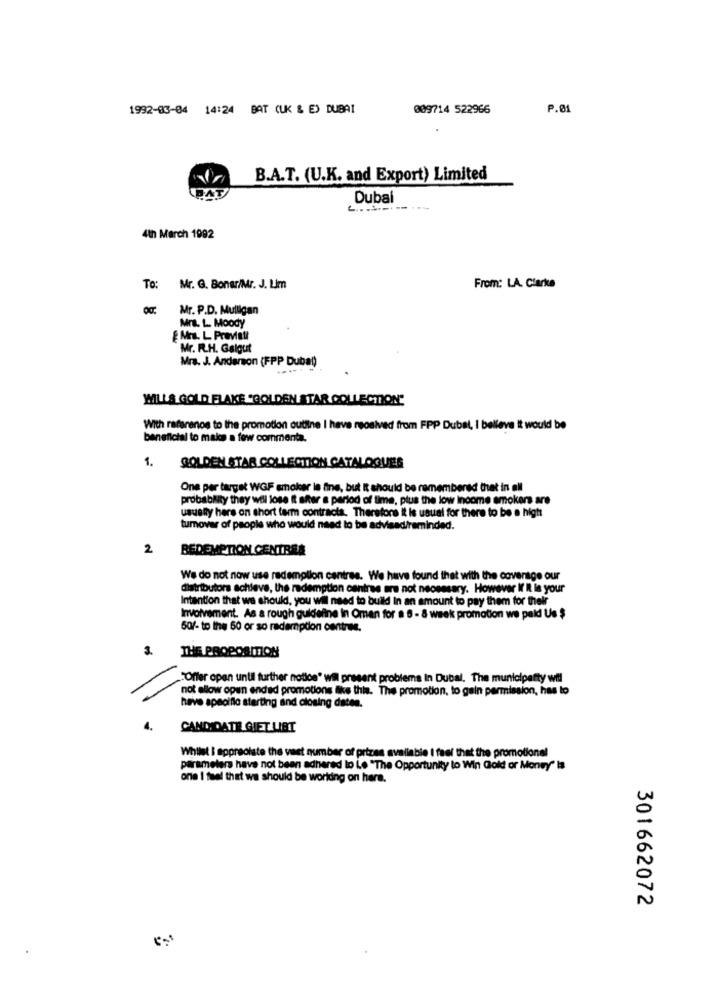
1992-03-04 14:24 BAT (UK & E) DUBAI
009714 522966
P.01
B.A.T. (U.K. and Export) Limited
BAT
Dubai
4th March 1992
To: Mr. G. Bonar/Mr. J. Lim
From: LA. Clarke
Mr. P.D. Mulligan
Mrs. L. Moody
& Mrs. L. Previati
Mr. R.H. Galgut
Mrs. J. Anderson (FPP Dubal)
WILLS GOLD FLAKE "GOLDEN STAR COLLECTION"
With referenos to the promotion outline I have received from FPP Dubal, I believe it would be
beneficial to make a few commenta.
1. GOLDEN STAR COLLECTION CATALOGUES
One per target WGF smoker le fine, but It should be remembered that in all
probability they will lose it after a period of time, plus the low Income smokers are
usuenty hers on short term contracts. Therefore it is usual for there to be a high
turnover of people who would need to be advised/reminded.
2
REDEMPTION CENTRES
We do not now use redemption centres. We have found that with the coverage our
distributors achieve, the redemption centres are not necessary. However If I is your
Intention that we should, you wil need to build In an amount to pay them for their
Involvement. As a rough guidefine In Oman for a 6 - 8 week promotion we paid Us $
50/- to the 60 or so redemption centrale.
3.
THE PROPOSITION
"Offer open until further notice" wil present problems In Dubal. The municipafty wil
not allow open ended promotions ilike this. The promotion, to gain permission, has to
have specific starting and closing daten.
4.
CANDIDATE GIET LIST
Whilst I appreciate the vast number of prizes available I feel that the promotionel
parameters have not been adhered to Le "The Opportunity to Win Gold or Money" Is
one I feel that we should be working on hara.
301662072